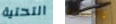
التحتية وتكرارا